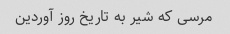
مرسی که شیر به تاریخ روز آوردین